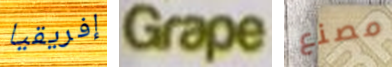
إفريقيا Grape مصنع